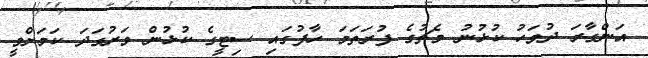
އަންގާރަ ދުވަހު ކުޅުނު މެޗުގެ ފުރަތަމަ ހާފުގައި ސިޓީގެ ކުޅުން ވަރުގަދަ ކަމަށްވީ